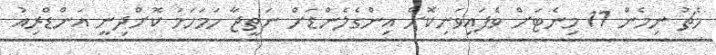
މެޗު ނިމެން 11 މިނެޓަށް ވެފައިވަނިކޮށް އިންގެލެންޑަށް ނަތީޖާ ހަމަހަމަ ކޮށްދިނީ އަންޑްރިއު